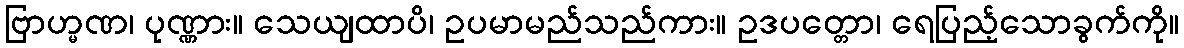
ဗြာဟ္မဏ၊ ပုဏ္ဏား။ သေယျထာပိ၊ ဥပမာမည်သည်ကား။ ဥဒပတ္တော၊ ရေပြည့်သောခွက်ကို။